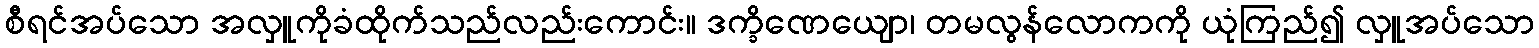
စီရင်အပ်သော အလှူကိုခံထိုက်သည်လည်းကောင်း။ ဒက္ခိဏေယျော၊ တမလွန်လောကကို ယုံကြည်၍ လှူအပ်သော